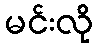
မင်းလို